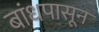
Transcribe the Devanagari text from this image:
बांधपासून